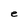
Character: e